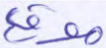
موقع